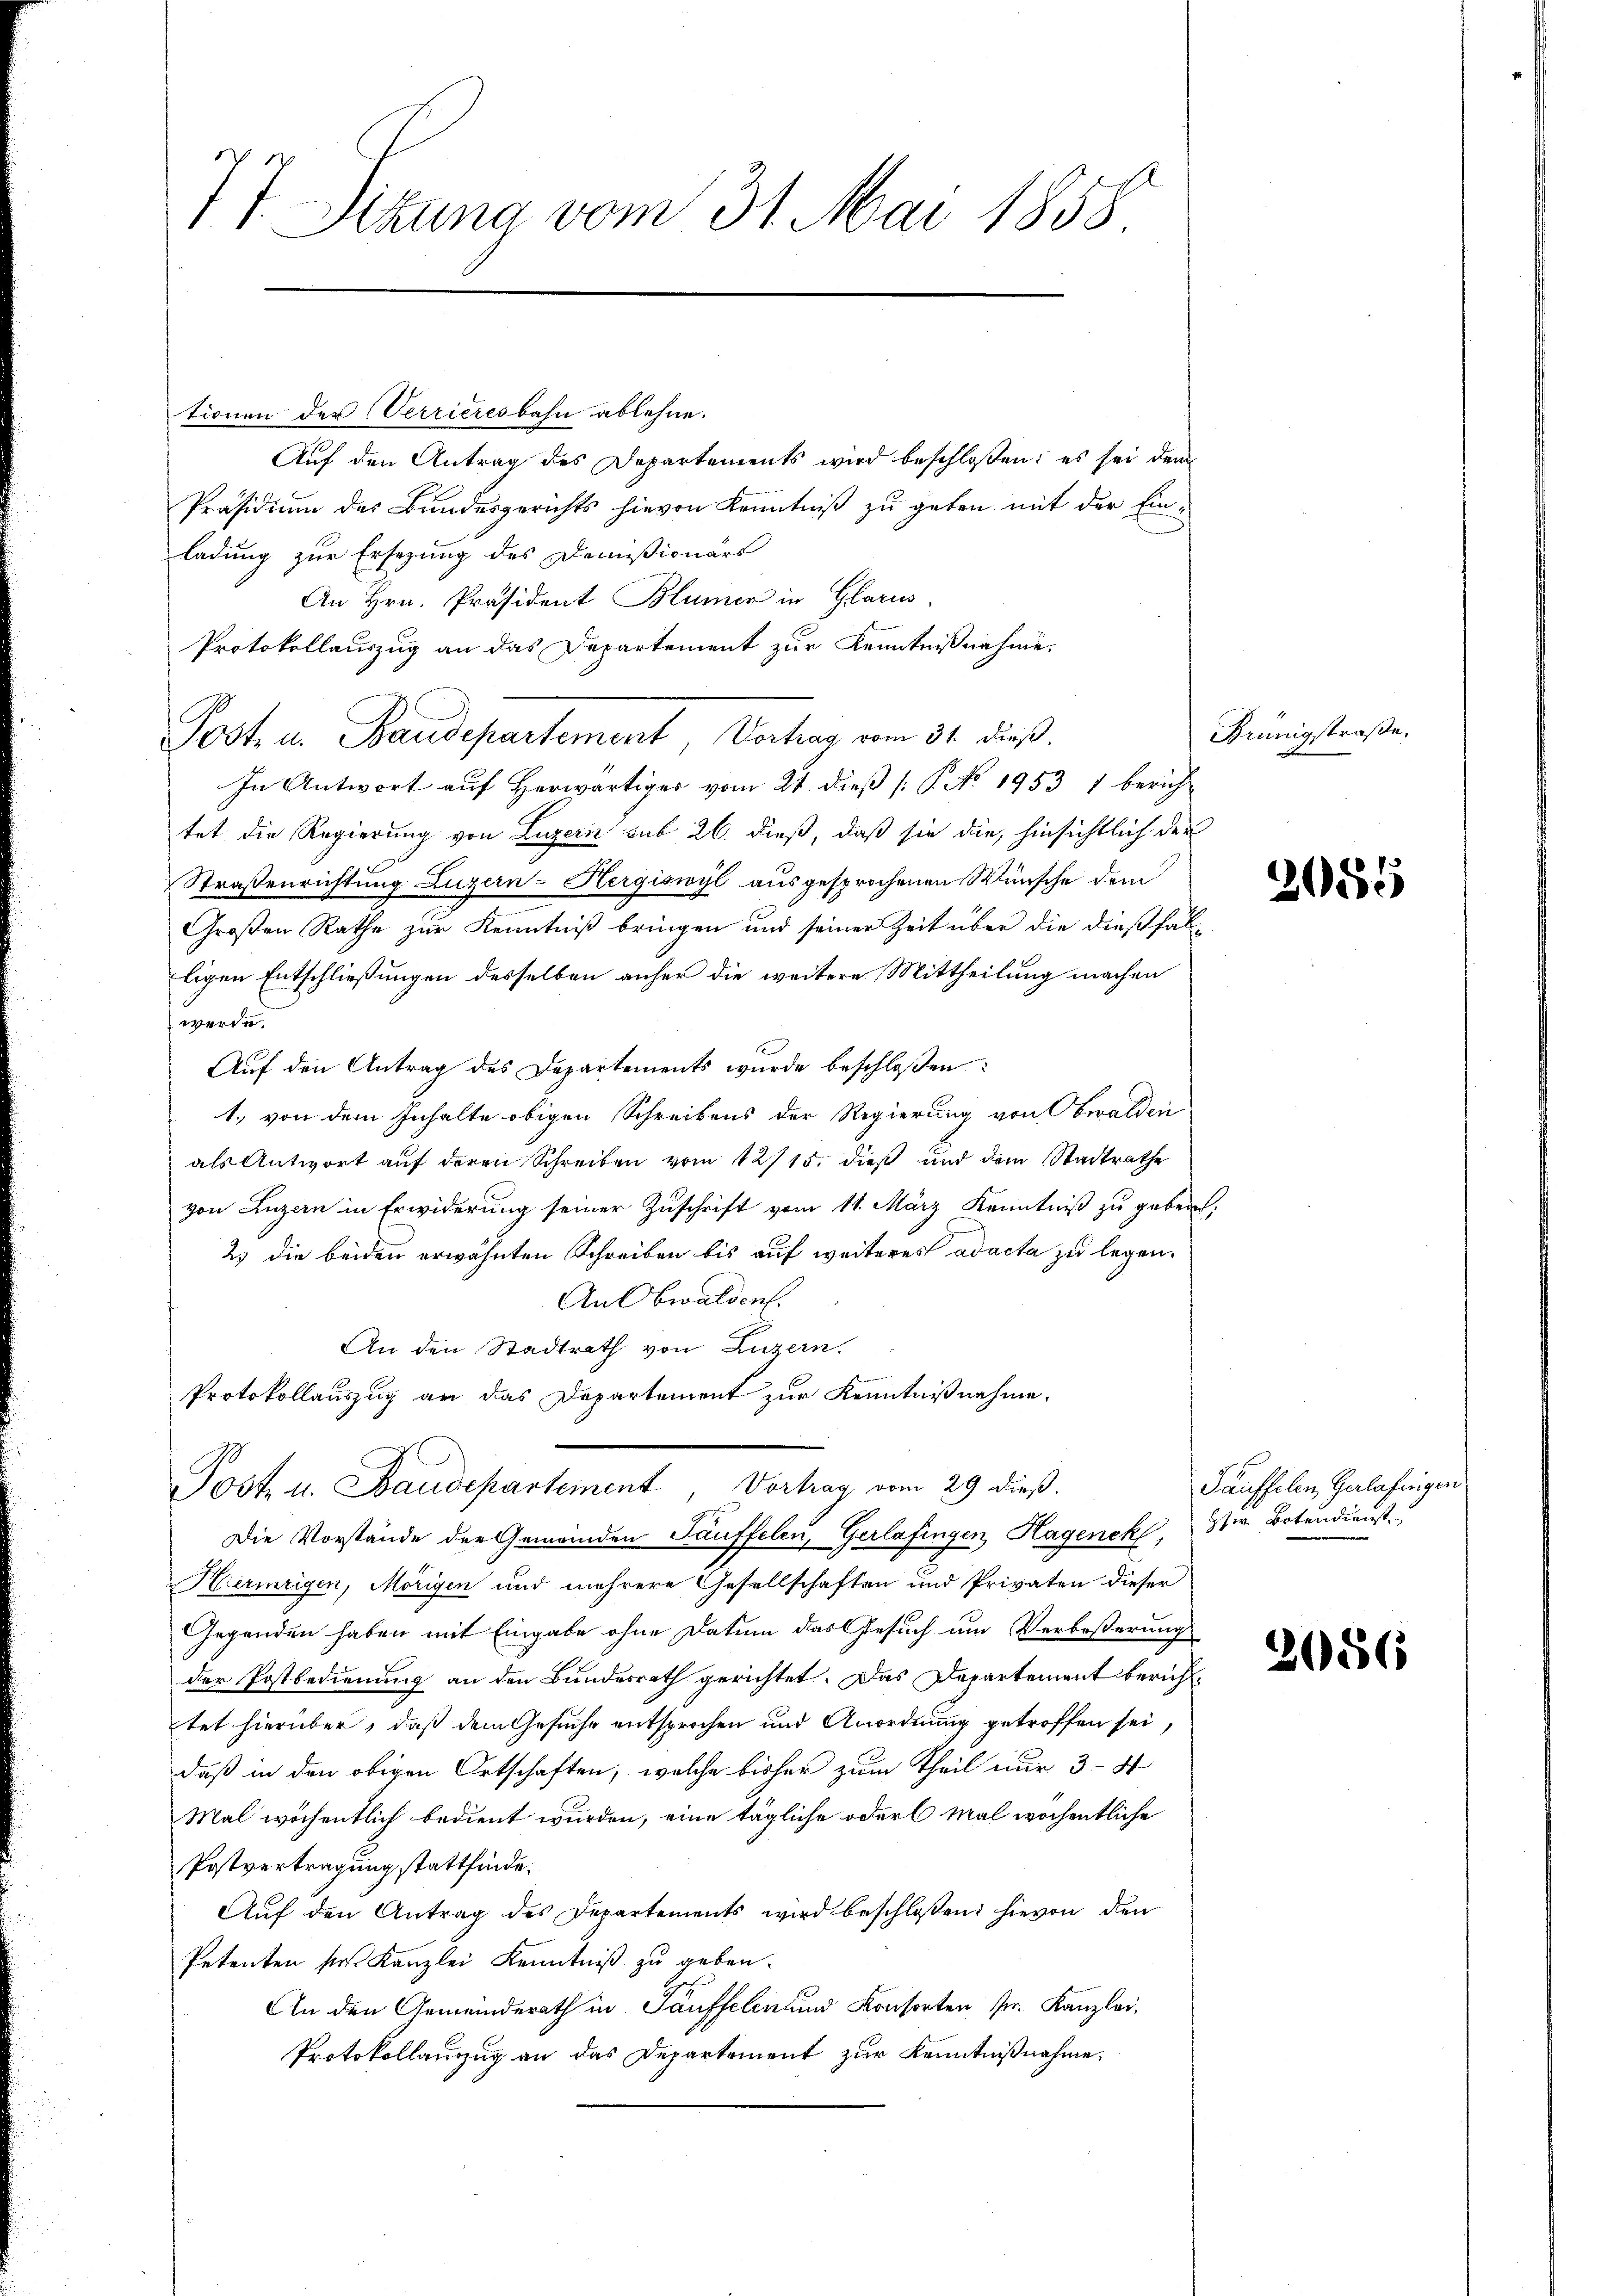
77 Sezung vom 31. Mai 1858.
gegen

tionen der Verrieresbahn ablehne.

Auf den Antrag des Departements wird beschloßen; es sei dem
Präsidium des Bundesgerichts hievon Kenntniß zu geben mit der Einladung zur Ersezung des Domißionärs
An Hrn. Präsident Blümer in Glarus,
Protokollauszug an das Departement zur Kenntnißnahme.
Post u. Baudepartement, Vortrag vom 31. dieß.
In Antwort aŭf herwärtiger vom 21. dieβ (: P. No. 1953, 1 berich-
tet die Regierung von Luzern sub 26. dieß, daß sie die, hinsichtlich der
Straßenrichtung Luzern-Hergiswyl ausgesprochenen Wünsche dem
Großen Rathe zur Kenntniß bringen und seiner Zeit über die dießfälligen Entschließungen desselben anher die weitere Mittheilung machen
werde.
Auf den Antrag des Departements wurde beschloßen:
1., von dem Inhalte obigen Schreibens der Regierung von Obwalden
als Antwort auf deren Schreiben vom 12/15. dieß und dem Stadtrathe
von Luzern in Erwiderung seiner Zuschrift vom 11. März Kenntniß zu geben;
2) die beiden erwähnten Schreiben bis auf weiteres ad acta zu legen.
An Obwalden.
An den Stadtrath von Luzern
Protokollauszug an das Departement zur Kenntnißnahme.

Post u. Baudepartement, Vortrag vom 29 dieß.

Die Vorstände der Gemeinden Tauffelen, Gerlafingen Hagenek, St. Botendienst
Hermigen, Mörigen und mehrere Gesellschaften und Privaten dieser
Gegenden haben mit Eingabe ohne Datum das Gesuch um Verbeßerung
der Postbedienung an den Bundesrath gerichtet. Das Departement berichttet hierüber, daß dem Gesuche entsprochen und Anordnung getroffen sei,
daß in den obigen Ortschaften, welche bisher zum Theil nur 3-4
Mal wöchentlich bedient wurden, eine tägliche oder Mal wöchentliche
Postvertragung stattfinde.
Auf den Antrag des Departements wird beschlossend hievon den
Petenten sie Kanzlei Kenntniß zu geben.
An den Gemeinderath in Täuffelen und Konsorten sr. Kanzlei,
Protokollanzug an das Departement zur Kenntnißnahme,

Grünigstraße.

2055

Täuffelen, Halafingen

2686